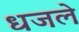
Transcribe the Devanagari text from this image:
धजले